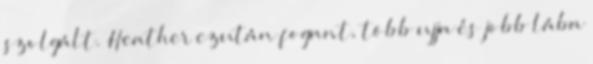
szolgált. Heather ezután fogant, több ujja és jobb lába